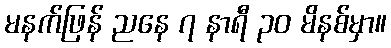
မနက်ဖြန် ညနေ ၇ နာရီ ၃၀ မိနစ်မှာ။